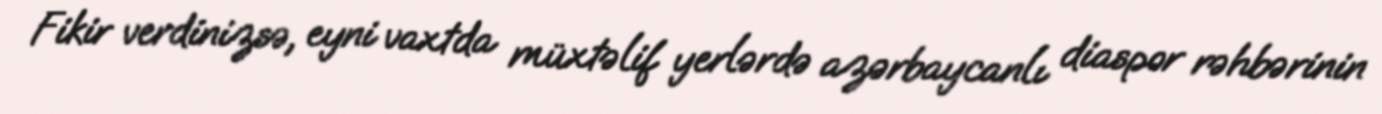
Fikir verdinizsə, eyni vaxtda müxtəlif yerlərdə azərbaycanlı diaspor rəhbərinin